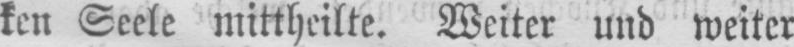
ken Seele mittheilte. Weiter und weiter